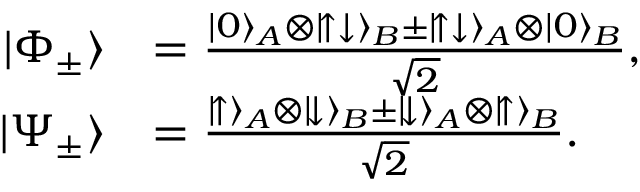
\begin{array} { r l } { | \Phi _ { \pm } \rangle } & { = \frac { | 0 \rangle _ { A } \otimes | \! \uparrow \downarrow \rangle _ { B } \pm | \! \uparrow \downarrow \rangle _ { A } \otimes | 0 \rangle _ { B } } { \sqrt { 2 } } , } \\ { | \Psi _ { \pm } \rangle } & { = \frac { | \! \uparrow \rangle _ { A } \otimes | \! \downarrow \rangle _ { B } \pm | \! \downarrow \rangle _ { A } \otimes | \! \uparrow \rangle _ { B } } { \sqrt { 2 } } . } \end{array}